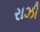
રાઝી